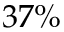
3 7 \%